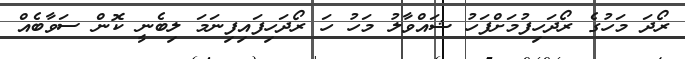
ރޯދަ މަހުގެ ރޯދަހިފުމަށްފަހު ޝައްވާލު މަހު ހަ ރޯދަހިފައިފިނަމަ ލިބެނީ ކޮން ސަވާބެއް